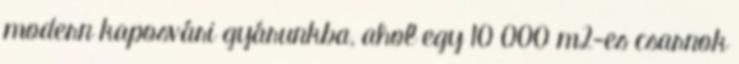
modern kaposvári gyárunkba, ahol egy 10 000 m2-es csarnok